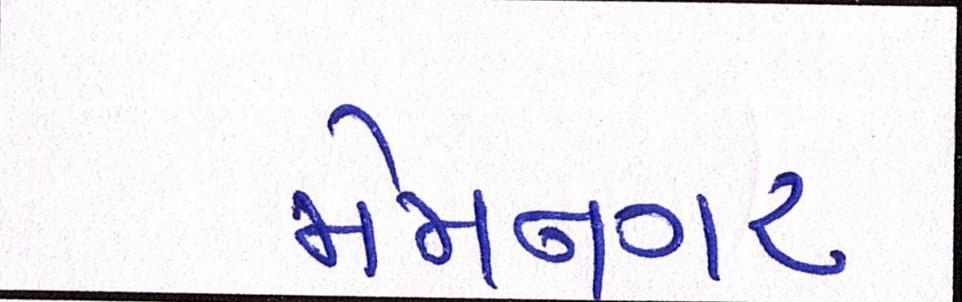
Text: મેમનગર